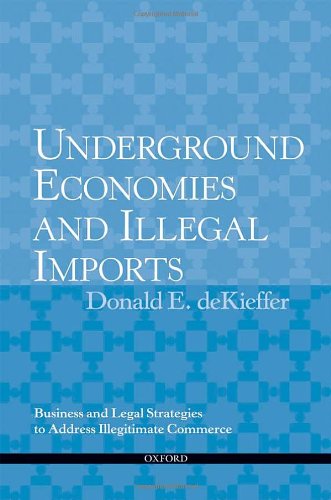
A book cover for Underground Economies and Illegal Imports: Legal and Business Strategies to Address Illegitimate Commerce; The Late Donald deKieffer; Law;